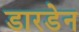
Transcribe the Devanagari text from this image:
डारडेन